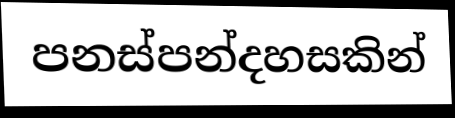
පනස්පන්දහසකින්